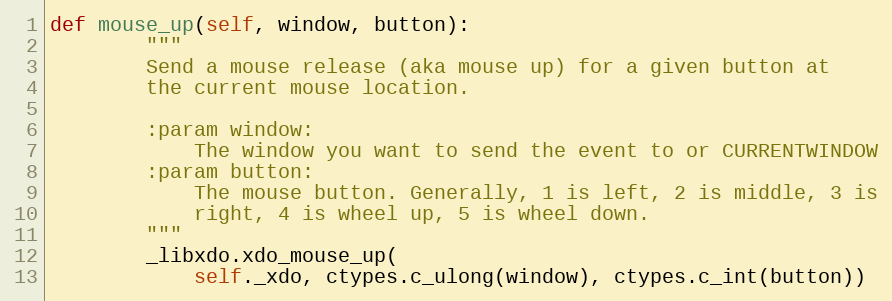
Language: Python
def mouse_up(self, window, button):
        """
        Send a mouse release (aka mouse up) for a given button at
        the current mouse location.

        :param window:
            The window you want to send the event to or CURRENTWINDOW
        :param button:
            The mouse button. Generally, 1 is left, 2 is middle, 3 is
            right, 4 is wheel up, 5 is wheel down.
        """
        _libxdo.xdo_mouse_up(
            self._xdo, ctypes.c_ulong(window), ctypes.c_int(button))